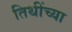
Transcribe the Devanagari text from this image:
तिथींच्या